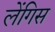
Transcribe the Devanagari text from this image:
लेंगिस